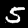
Label: 5